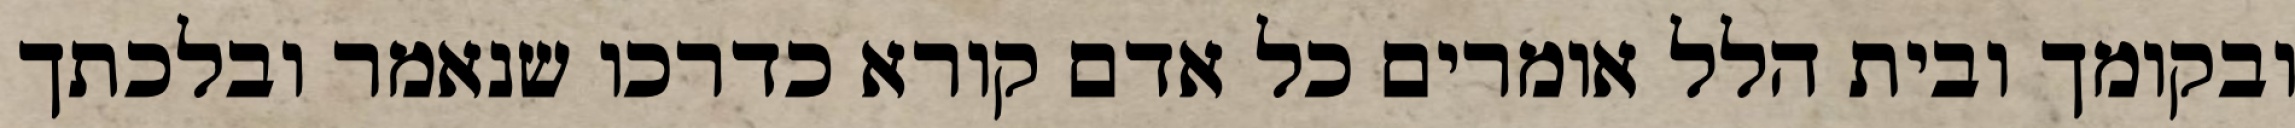
ובקומך ובית הלל אומרים כל אדם קורא כדרכו שנאמר ובלכתך